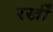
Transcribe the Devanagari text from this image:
रखीँ